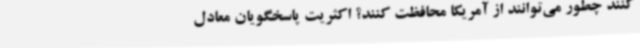
کنند چطور می‌توانند از آمریکا محافظت کنند؟ اکثریت پاسخگویان معادل